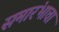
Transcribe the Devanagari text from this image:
समारंभाचा